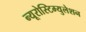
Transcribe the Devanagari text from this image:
न्यूरोस्टिम्युलेशन